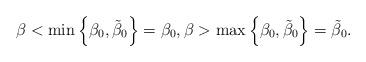
LaTeX: \begin{align*}\beta <\min\left\{\beta_0,\tilde{\beta}_0\right\}= \beta_0, \beta &> \max\left\{\beta_0,\tilde{\beta}_0\right\}=\tilde{\beta}_0.\end{align*}